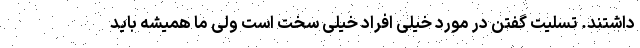
داشتند. تسلیت گفتن در مورد خیلی افراد خیلی سخت است ولی ما همیشه باید